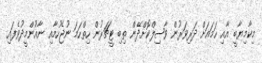
މިކާމިޔާބީ އާއި ހަމައަށް ދަރިވަރުން ވާޞިލްކޮށްދޭން ތިބި ޓީޗަރުން ހިތްހަމަ ނުޖެހުމާއި ނާއުންމީދުވެފައި